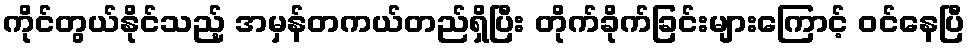
ကိုင်တွယ်နိုင်သည့် အမှန်တကယ်တည်ရှိပြီး တိုက်ခိုက်ခြင်းများကြောင့် ဝင်နေပြီ